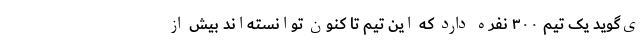
ی‌گوید یک تیم ۳۰۰ نفره دارد که این تیم تا کنون توانسته‌اند بیش از